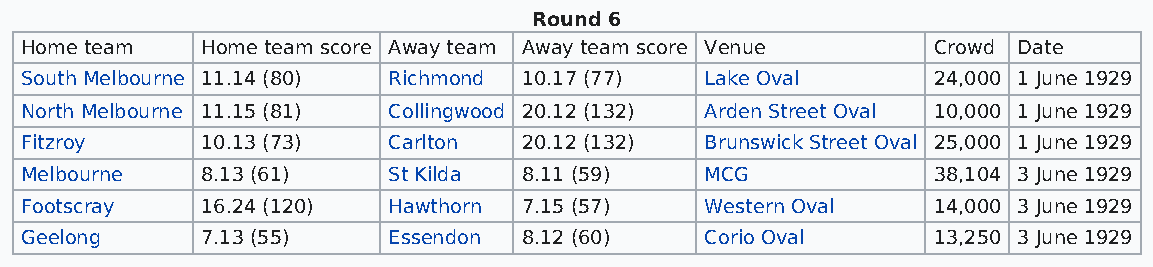
Round 6
 Home team   Home team score Away team Away team score Venue  Crowd Date
 South Melbourne 11.14 (80) Richmond 10.17 (77) Lake Oval     24,000 1 June 1929
 North Melbourne 11.15 (81) Collingwood 20.12 (132) Arden Street Oval 10,000 1 June 1929
 Fitzroy     10.13 (73)   Carlton  20.12 (132) Brunswick Street Oval 25,000 1 June 1929
 Melbourne   8.13 (61)    St Kilda 8.11 (59)   MCG            38,104 3 June 1929
 Footscray   16.24 (120)  Hawthorn 7.15 (57)   Western Oval   14,000 3 June 1929
 Geelong     7.13 (55)    Essendon 8.12 (60)   Corio Oval     13,250 3 June 1929